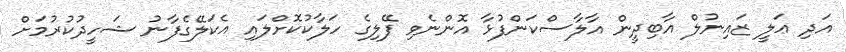
އަދި ޢަލީ ޒައިނުލް އާބިދީން އާލާސްކަންފުޅާ އޮންނެވި ފޭލިގެ ހަލާކުކޮށްލައި އެކަލޭގެފާނު ޝަހީދުކުރުމަށް